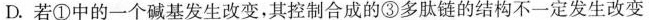
D.若①中的一个碱基发生改变，其控制合成的③多肽链的结构不一定发生改变